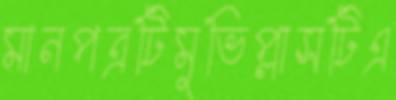
মানপত্রটিমুভিপ্লাসটিএ